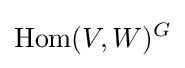
\operatorname {Hom} (V,W)^{G}